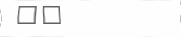
٢٥